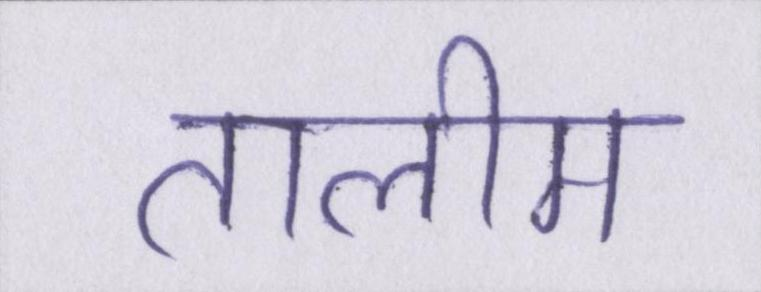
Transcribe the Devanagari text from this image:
तालीम